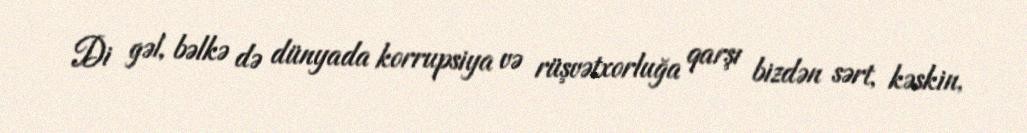
Di gəl, bəlkə də dünyada korrupsiya və rüşvətxorluğa qarşı bizdən sərt, kəskin,